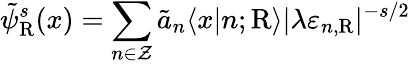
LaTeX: \tilde{\psi}_{\mathrm{R}}^{s}(x)=\sum_{n\in\cal Z}\tilde{a}_{n}\langle x|n;\mathrm{R}\rangle|\lambda\varepsilon_{n,\mathrm{R}}|^{-s/2}